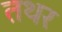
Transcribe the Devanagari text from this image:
तथर